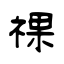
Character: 祼